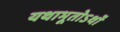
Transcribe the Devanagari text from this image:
यथाभूतोऽर्थो